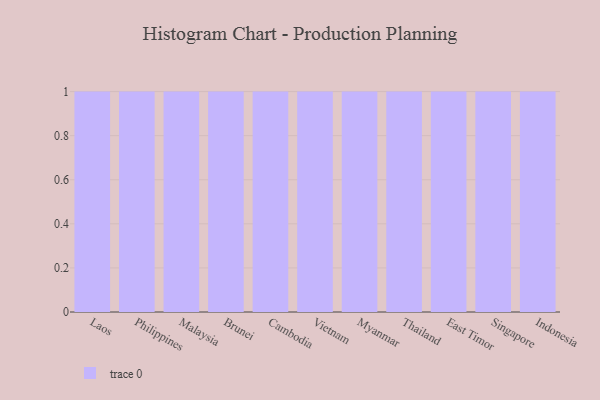
{"axis": {"x": "Country", "y": "Active Users"}, "legend": [""], "data": [{"x": "Laos", "y": 40, "type": ""}, {"x": "Philippines", "y": 85, "type": ""}, {"x": "Malaysia", "y": 25, "type": ""}, {"x": "Brunei", "y": 18, "type": ""}, {"x": "Cambodia", "y": 97, "type": ""}, {"x": "Vietnam", "y": 52, "type": ""}, {"x": "Myanmar", "y": 82, "type": ""}, {"x": "Thailand", "y": 24, "type": ""}, {"x": "East Timor", "y": 57, "type": ""}, {"x": "Singapore", "y": 62, "type": ""}, {"x": "Indonesia", "y": 53, "type": ""}]}